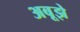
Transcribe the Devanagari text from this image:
अबूझे